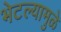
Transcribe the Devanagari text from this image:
भेटल्यामुळे